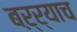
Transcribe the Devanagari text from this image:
बऱ्र्‍याच